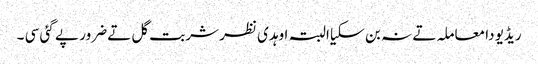
ریڈیو دا معاملہ تے نہ بن سکیا البتہ اوہدی نظر شربت گل تے ضرور پے گئی سی ۔